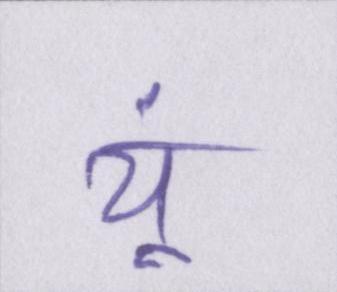
यूं